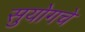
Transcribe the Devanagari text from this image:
सुयोगचे